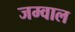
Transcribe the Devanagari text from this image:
जम्वाल